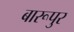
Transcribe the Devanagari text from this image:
बारूपुर